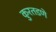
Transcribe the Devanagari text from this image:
कुरतडणे